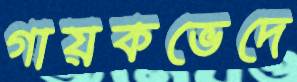
গায়কভেদে